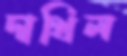
দাখিল